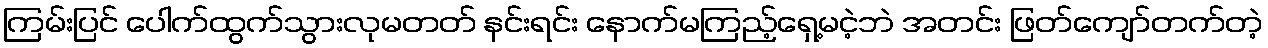
ကြမ်းပြင် ပေါက်ထွက်သွားလုမတတ် နင်းရင်း နောက်မကြည့်ရှေ့မငဲ့ဘဲ အတင်း ဖြတ်ကျော်တက်တဲ့